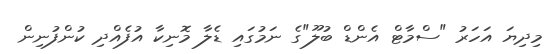
މިދިޔަ އަހަރު "ސްމާޓް އެންޑް ބުލޫ"ގެ ނަމުގައި ޑެލާ މޮނިކާ އުފެއްދި ކުންފުނިން